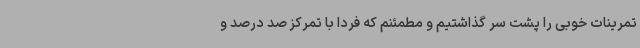
تمرینات خوبی را پشت سر گذاشتیم و مطمئنم که فردا با تمرکز صد درصد و